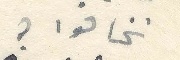
تخافوا؟